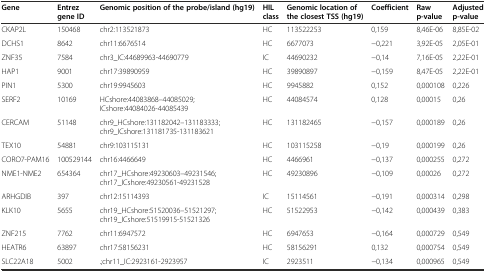
<table><thead><tr><td><b>Gene</b></td><td><b>Entrez gene ID</b></td><td><b>Genomic position of the probe/island (hg19)</b></td><td><b>HIL class</b></td><td><b>Genomic location of the closest TSS (hg19)</b></td><td><b>Coefficient</b></td><td><b>Raw p-value</b></td><td><b>Adjusted p-value</b></td></tr></thead><tbody><tr><td>CKAP2L</td><td>150468</td><td>chr2:113521873</td><td>HC</td><td>113522253</td><td>0,159</td><td>8,46E-06</td><td>8,85E-02</td></tr><tr><td>DCHS1</td><td>8642</td><td>chr11:6676514</td><td>HC</td><td>6677073</td><td>−0,221</td><td>3,92E-05</td><td>2,05E-01</td></tr><tr><td>ZNF35</td><td>7584</td><td>chr3_IC:44689963-44690779</td><td>IC</td><td>44690232</td><td>−0,14</td><td>7,16E-05</td><td>2,22E-01</td></tr><tr><td>HAP1</td><td>9001</td><td>chr17:39890959</td><td>HC</td><td>39890897</td><td>−0,159</td><td>8,47E-05</td><td>2,22E-01</td></tr><tr><td>PIN1</td><td>5300</td><td>chr19:9945603</td><td>HC</td><td>9945882</td><td>0,152</td><td>0,000108</td><td>0,226</td></tr><tr><td>SERF2</td><td>10169</td><td>HCshore:44083868–44085029; ICshore:44084026-44085439</td><td>HC</td><td>44084574</td><td>0,128</td><td>0,00015</td><td>0,26</td></tr><tr><td>CERCAM</td><td>51148</td><td>chr9_HCshore:131182042–131183333; chr9_ICshore:131181735-131183621</td><td>HC</td><td>131182465</td><td>−0,157</td><td>0,000189</td><td>0,26</td></tr><tr><td>TEX10</td><td>54881</td><td>chr9:103115131</td><td>HC</td><td>103115258</td><td>−0,19</td><td>0,000199</td><td>0,26</td></tr><tr><td>CORO7-PAM16</td><td>100529144</td><td>chr16:4466649</td><td>HC</td><td>4466961</td><td>−0,137</td><td>0,000255</td><td>0,272</td></tr><tr><td>NME1-NME2</td><td>654364</td><td>chr17_HCshore:49230603–49231546; chr17_ICshore:49230561-49231528</td><td>HC</td><td>49230896</td><td>−0,109</td><td>0,00026</td><td>0,272</td></tr><tr><td>ARHGDIB</td><td>397</td><td>chr12:15114393</td><td>IC</td><td>15114561</td><td>−0,191</td><td>0,000314</td><td>0,298</td></tr><tr><td>KLK10</td><td>5655</td><td>chr19_HCshore:51520036–51521297; chr19_ICshore:51519915-51521326</td><td>HC</td><td>51522953</td><td>−0,142</td><td>0,000439</td><td>0,383</td></tr><tr><td>ZNF215</td><td>7762</td><td>chr11:6947572</td><td>HC</td><td>6947653</td><td>−0,164</td><td>0,000729</td><td>0,549</td></tr><tr><td>HEATR6</td><td>63897</td><td>chr17:58156231</td><td>HC</td><td>58156291</td><td>0,132</td><td>0,000754</td><td>0,549</td></tr><tr><td>SLC22A18</td><td>5002</td><td>.;chr11_IC:2923161-2923957</td><td>IC</td><td>2923511</td><td>−0,134</td><td>0,000965</td><td>0,549</td></tr></tbody></table>